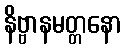
နိဗ္ဗာနမတ္တနော